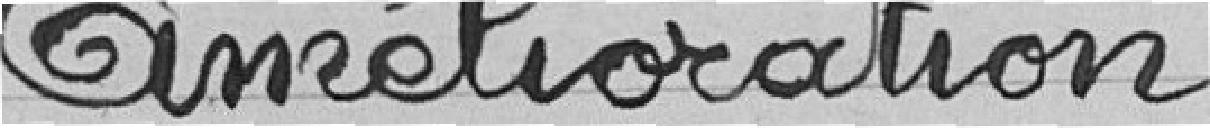
Amélioration